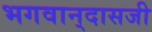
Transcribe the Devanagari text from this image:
भगवान्‌दासजी